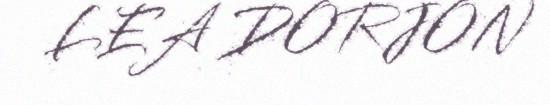
LEA DORJON